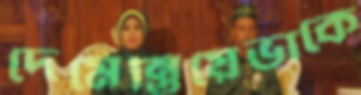
দেমেন্তিয়েভাকে